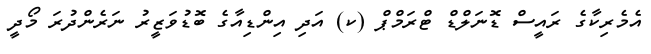
އެމެރިކާގެ ރައީސް ޑޮނަލްޑް ޓްރަމްޕް (ކ) އަދި އިންޑިއާގެ ބޮޑުވަޒީރު ނަރެންދުރަ މޯދީ